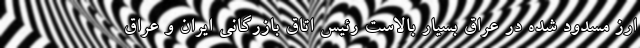
ارز مسدود شده در عراق بسیار بالاست رئیس اتاق بازرگانی ایران و عراق